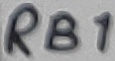
Text: RB1